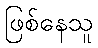
ဖြစ်နေသူ